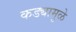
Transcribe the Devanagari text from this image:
कड्यामुळे